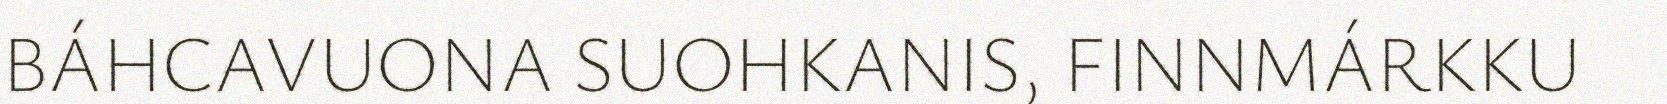
BÁHCAVUONA SUOHKANIS, FINNMÁRKKU